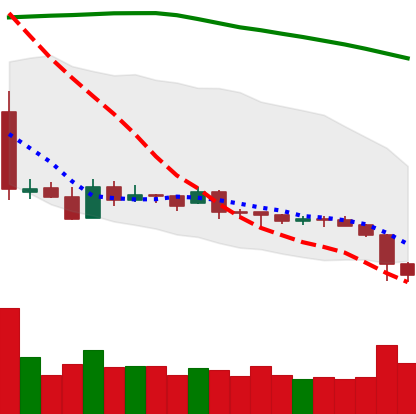
Ticker: XRP-USD
Chart end date: 2019-01-29
Forward return: 4.418%
Label: up_3_5